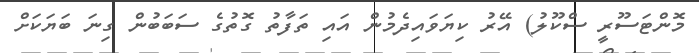
މޮންޓަސޫރީ ސްކޫލު) އޭރު ކިޔަވައިދެމުން އައި ތަފާތު ގޮތުގެ ސަބަބުން ގިނަ ބަޔަކަށް